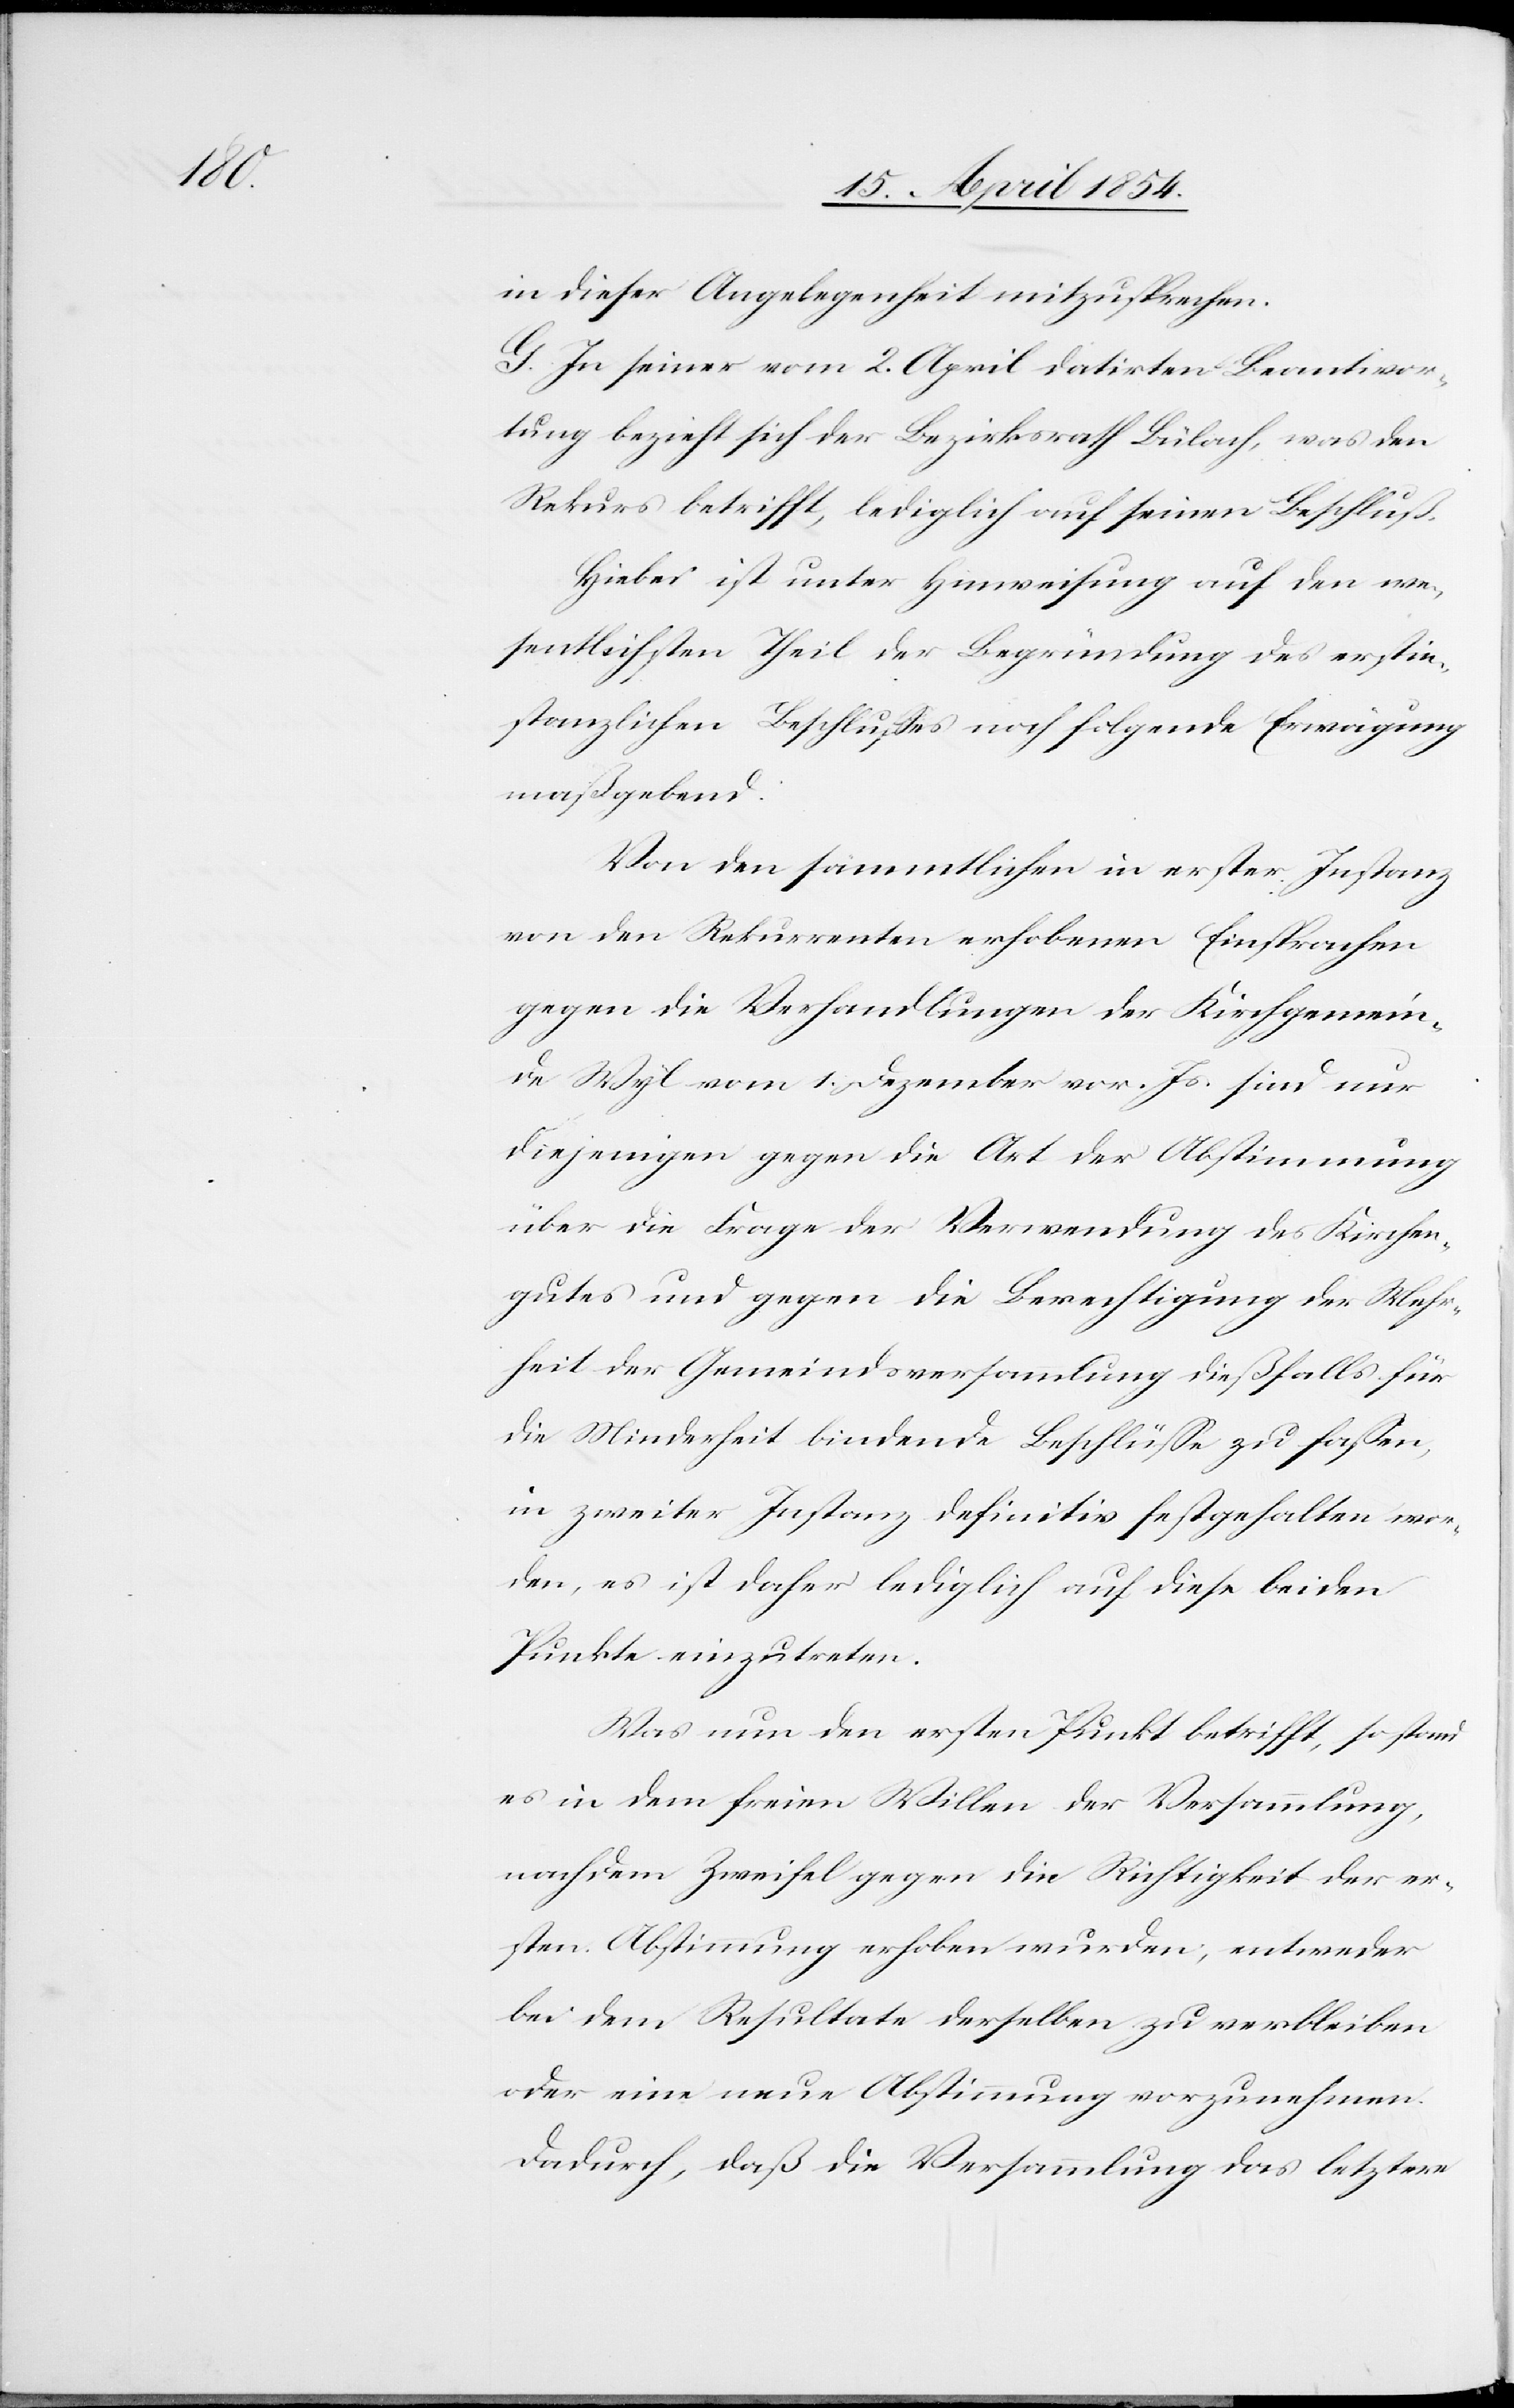
in dieser Angelegenheit mitzusprechen.
G. In seiner vom 2. April datirten Beantwor¬
tung bezieht sich der Bezirksrath Bülach, was den
Rekurs betrifft, lediglich auf seinen Beschluß.
Hiebei ist unter Hinweisung auf den we¬
sentlichsten Theil der Begründung des erstin¬
stanzlichen Beschlußes noch folgende Erwägung
maßgebend:
Von den sämmtlichen in erster Instanz
von den Rekurrenten erhobenen Einsprachen
gegen die Verhandlungen der Kirchgemein¬
de Wyl vom 1. Dezember vor. Js. sind nur
diejenigen gegen die Art der Abstimmung
über die Frage der Verwendung des Kirchen¬
gutes und gegen die Berechtigung der Mehr¬
heit der Gemeindsversammlung dießfalls für
die Minderheit bindende Beschlüße zu faßen,
in zweiter Instanz definitiv festgehalten wer¬
den, es ist daher lediglich auf diese beiden
Punkte einzutreten.
Was nun den ersten Punkt betrifft, so stand
es in dem freien Willen der Versammlung,
nach dem Zweifel gegen die Richtigkeit der er¬
sten Abstimmung erhoben wurden; entweder
bei dem Resultate derselben zu verbleiben
oder eine neue Abstimmung vorzunehmen.
Dadurch, daß die Versammlung das letztere